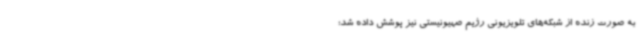
به صورت زنده از شبکه‌های تلویزیونی رژیم صهیونیستی نیز پوشش داده شد؛